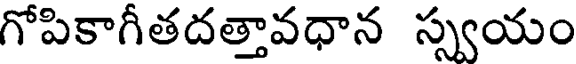
గోపికాగీతదత్తావధాన స్వయం